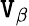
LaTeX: \mathtt{V}_{\beta}